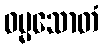
ဓမ္မသောတံ